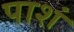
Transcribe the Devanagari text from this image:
पाशं